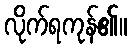
လိုက်ရကုန်၏။